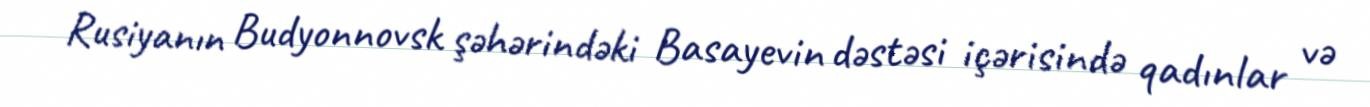
Rusiyanın Budyonnovsk şəhərindəki Basayevin dəstəsi içərisində qadınlar və